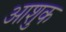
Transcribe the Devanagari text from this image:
आशुक